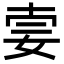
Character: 𡜌